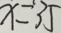
x = 3 5